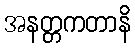
အနတ္တကတာနိ